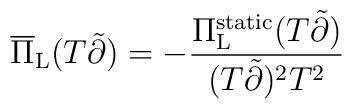
\overline{\Pi}_{\rm L} (T\tilde{\partial}) = - \frac{\Pi_{\rm L}^{\rm static}  (T\tilde{\partial})}{(T\tilde{\partial})^{2} T^{2}}